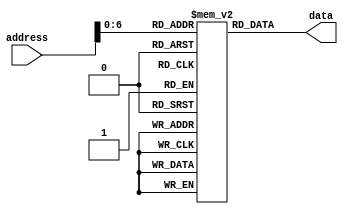
`timescale 1ns / 1ps
//////////////////////////////////////////////////////////////////////////////////
// Module Name:    instruction_memory
//////////////////////////////////////////////////////////////////////////////////

module instruction_memory(output reg[31:0] data, input wire[31:0] address);
 reg[31:0]words[0:127]; // 128 words of 32-bit memory
 initial
    begin
    words[0] <= 'hA00000AA;
    words[1] <= 'h10000011;
    words[2] <= 'h20000022;
    words[3] <= 'h30000033;
    words[4] <= 'h40000044;
    words[5] <= 'h50000055;
    words[6] <= 'h60000066;
    words[7] <= 'h70000077;
    words[8] <= 'h80000088;
    words[9] <= 'h90000099;
    end

 always@(address)
  begin
    data <= words[address];
  end
endmodule